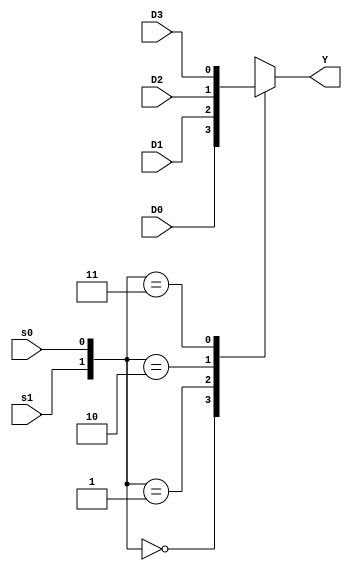
module mux4_1 ( D0, D1, D2, D3, s0, s1, Y);

parameter width = 1;

input [width-1:0] D0, D1, D2, D3;
input s1, s0;
output reg [width-1:0] Y;


always @( D0 or D1 or D2 or D3 or s1, s1)
begin
	case ({s1, s0})
		2'b00 : Y <= D0;
		2'b01 : Y <= D1;
		2'b10 : Y <= D2;
		2'b11 : Y <= D3;
	endcase
end

endmodule